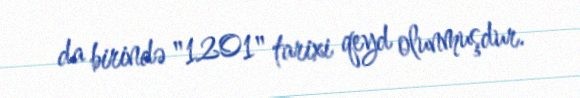
da birində "1201" tarixi qeyd olunmuşdur.